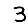
Digit: 3